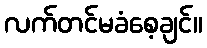
လက်တင်မခံစေ့ချင်။